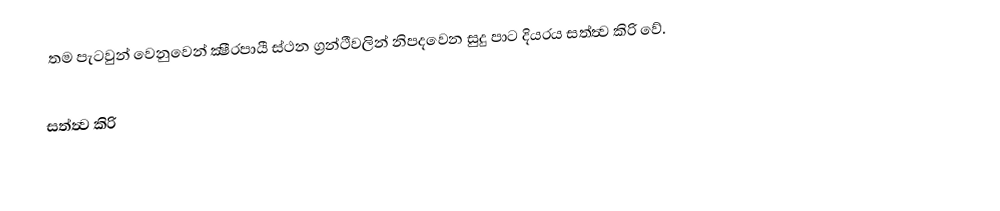
තම පැටවුන් වෙනුවෙන් ක්‍ෂීරපායී ස්ථන ග්‍රන්ථීවලින් නිපදවෙන සුදු පාට දියරය සත්ත්‍ව කිරි වේ.

සත්ත්‍ව කිරි